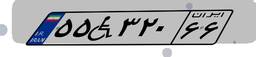
۵۵W۳۲۰۶۶